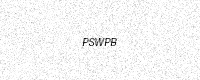
Text: PSWPB